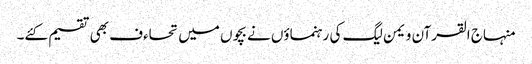
منہاج القرآن ویمن لیگ کی رہنماؤں نے بچوں میں تحاءف بھی تقسیم کئے۔